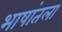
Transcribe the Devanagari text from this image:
भाषांतला